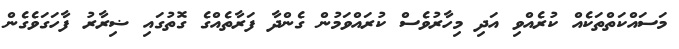
މަސައްކަތްތަކެއް ކުރެއްވި އަދި މިހާރުވެސް ކުރައްވަމުން ގެންދާ ފަރާތެއްގެ ގޮތުގައި ޟިރާރު ފާހަގަވެގެން